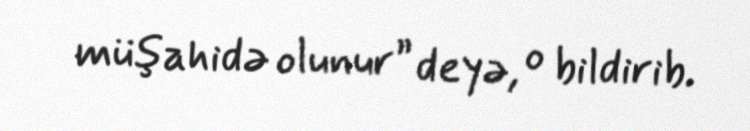
müşahidə olunur” deyə, o bildirib.